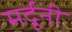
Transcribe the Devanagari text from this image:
मर्दूनी